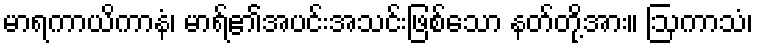
မာရကာယိကာနံ၊ မာရ်၏အပင်းအသင်းဖြစ်သော နတ်တို့အား။ ဩကာသံ၊